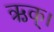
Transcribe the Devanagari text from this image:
ऋक्।